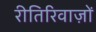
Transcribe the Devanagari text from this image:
रीतिरिवाज़ों